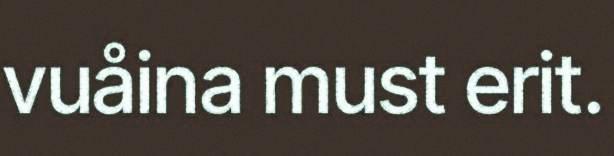
vuåina must erit.